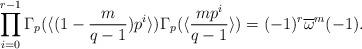
LaTeX: \begin{align*}\prod_{i=0}^{r-1}\Gamma_p(\langle(1-\frac{m}{q-1})p^i\rangle)\Gamma_p(\langle\frac{mp^i}{q-1}\rangle)=(-1)^r\overline{\omega}^m(-1).\end{align*}